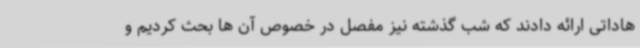
هاداتی ارائه دادند که شب گذشته نیز مفصل در خصوص آن ها بحث کردیم و